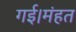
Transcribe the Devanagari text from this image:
गई।मंहत